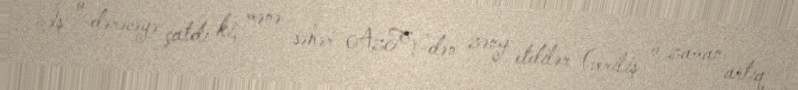
İş o dərəcəyə çatdı ki, mənə səhər AzTV-dən zəng etdilər (veriliş o zaman artıq